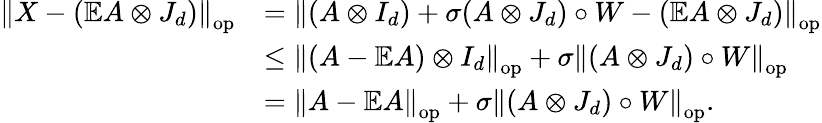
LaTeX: \begin{array}{rl}{\left\| {X-(\mathbb{E}A\otimes J_{d})}\right\| _{\mathrm{op}}}&{=\left\| {(A\otimes I_{d})+\sigma(A\otimes J_{d})\circ W-(\mathbb{E}A\otimes J_{d})}\right\| _{\mathrm{op}}}\\ &{\leq\left\| {(A-\mathbb{E}A)\otimes I_{d}}\right\| _{\mathrm{op}}+\sigma\left\| {(A\otimes J_{d})\circ W}\right\| _{\mathrm{op}}}\\ &{=\left\| {A-\mathbb{E}A}\right\| _{\mathrm{op}}+\sigma\left\| {(A\otimes J_{d})\circ W}\right\| _{\mathrm{op}}.}\end{array}